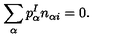
\sum _ { \alpha } p _ { \alpha } ^ { I } n _ { \alpha i } = 0 .